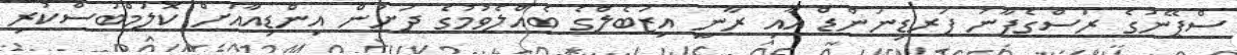
ސްޕޭނުގެ ރަސްގެފާނު ފަރޑިނަންޑް އާއި ރާނީ އިޒަބެލްގެ ބެއްލެވުމުގެ ދަށުން އިންޑިއާއަށް ކޮލަމްބަސްކުރި